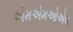
એમએમઓએલ